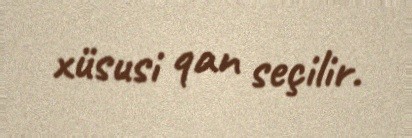
xüsusi qan seçilir.